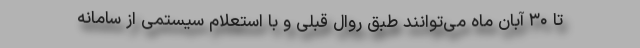
تا ۳۰ آبان ماه می‌توانند طبق روال قبلی و با استعلام سیستمی از سامانه